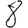
Digit: 8